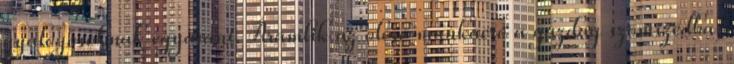
gyalogosoknak egyaránt. Áramlik az olcsó munkaerő a gazdag szomszédba,